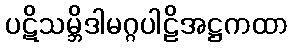
ပဋိသမ္ဘိဒါမဂ္ဂပါဠိအဋ္ဌကထာ